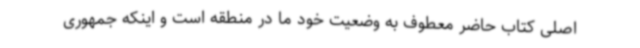
اصلی کتاب حاضر معطوف به وضعیت خود ما در منطقه است و اینکه جمهوری